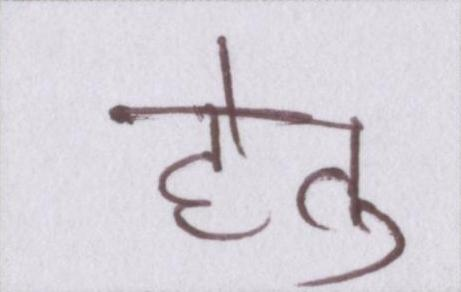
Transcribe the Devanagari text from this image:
हेतु